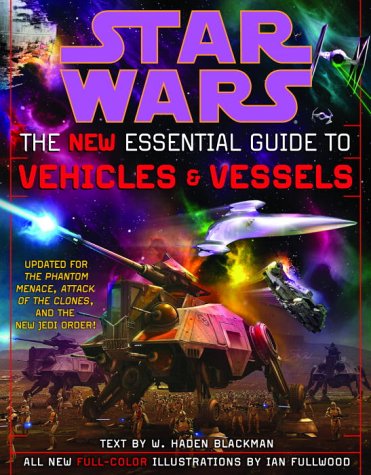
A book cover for The New Essential Guide to Vehicles and Vessels (Star Wars); Haden Blackman; Humor & Entertainment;